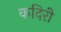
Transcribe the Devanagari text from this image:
कदिरी